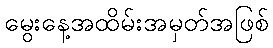
မွေးနေ့အထိမ်းအမှတ်အဖြစ်